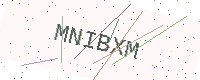
Text: MNIBXM